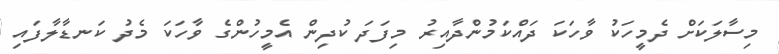
މިސާލަކަށް ދެމީހަކު ވާހަކަ ދައްކަމުންދާއިރު މިފަދަ ކުދިން އެމީހުންގެ ވާހަކަ މެދު ކަނޑާލާފައި